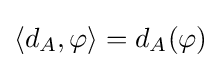
\langle d_{A},\varphi \rangle =d_{A}(\varphi )